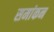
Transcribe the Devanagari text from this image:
समांकन